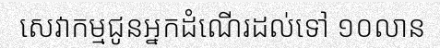
សេវាកម្មជូនអ្នកដំណើរដល់ទៅ ១០លាន